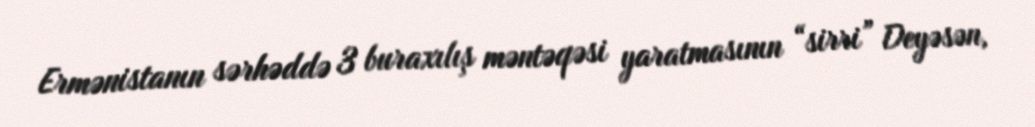
Ermənistanın sərhəddə 3 buraxılış məntəqəsi yaratmasının “sirri” Deyəsən,